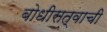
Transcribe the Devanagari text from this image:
बोधीसत्वाची